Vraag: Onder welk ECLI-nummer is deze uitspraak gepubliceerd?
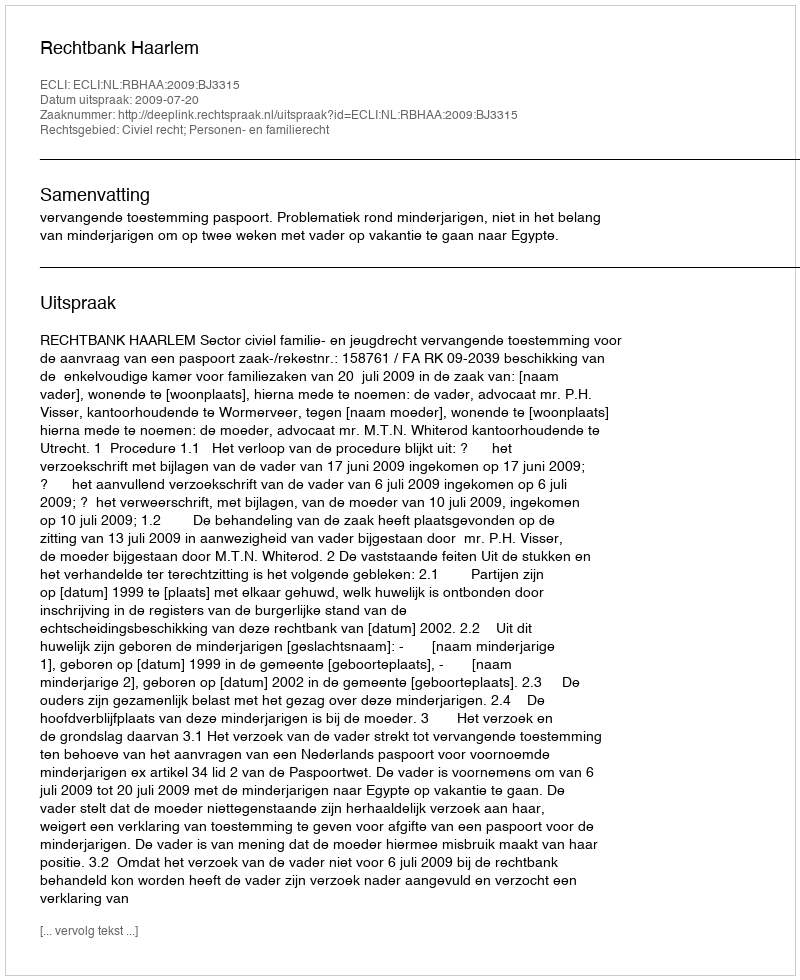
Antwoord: ECLI:NL:RBHAA:2009:BJ3315